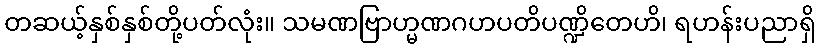
တဆယ့်နှစ်နှစ်တို့ပတ်လုံး။ သမဏဗြာဟ္မဏဂဟပတိပဏ္ဍိတေဟိ၊ ရဟန်းပညာရှိ